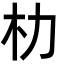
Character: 朸